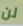
لن